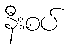
နီးစပ်